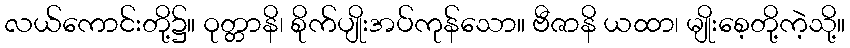
လယ်ကောင်းတို့၌။ ဝုတ္တာနိ၊ စိုက်ပျိုးအပ်ကုန်သော။ ဗီဇာနိ ယထာ၊ မျိုးစေ့တို့ကဲ့သို့။